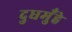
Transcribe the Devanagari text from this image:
दुधमुँहे